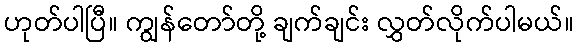
ဟုတ်ပါပြီ။ ကျွန်တော်တို့ ချက်ချင်း လွှတ်လိုက်ပါမယ်။